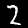
Digit: 2